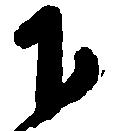
下